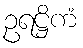
ဥရဋ္ဌိကံ